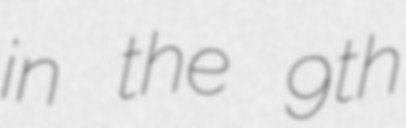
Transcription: in the 9th